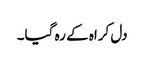
دل کراہ کے رہ گیا۔